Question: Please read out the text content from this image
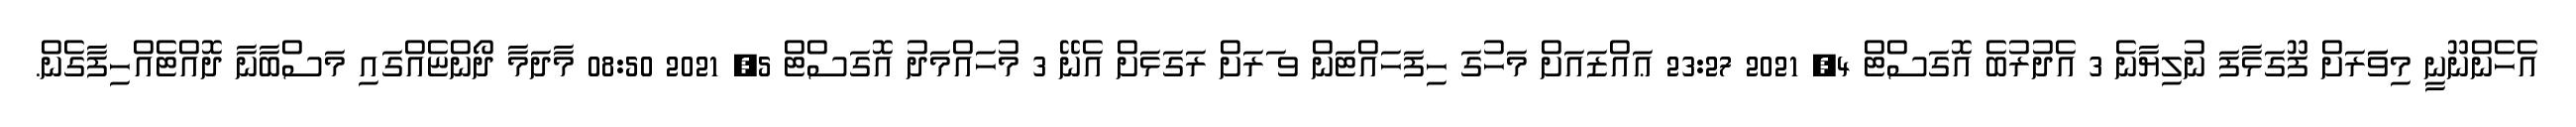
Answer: އެހެންނޫނީ މިވަަރަށް ފޫގަޅާފަ ނުލިޔާނެ 3 އެދުރުބެ އޮގަސްޓް 4, 2021 23:27 ޢައްޒައަށް މަހުގަ ހިފަހައްޓަން ވ ަރަށް ރަގަޅަށް އެނޭ 3 މުހައްމަދު އޮގަސްޓް 5, 2021 08:50 މާދަމާ ދޯންޏެއްގައި މަސްބާނާ ދޮއްޓެއްހިފާގެން.